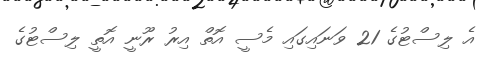
އެ ލިސްޓުގެ 21 ވަނައިގައި މެސީ އޮތް އިރު ރޫނީ އޮތީ ލިސްޓުގެ